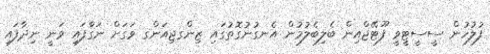
ފުލުހުން ސީސީޓީވީ ފޫޓޭޖްއިން ބެލިބެލުމުން އެނގުނުގޮތުގައި ޒިންގޖިއަންގ ވަގަށް ނަގާފައި ވަނީ ނިދާފައި